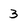
Character: 3